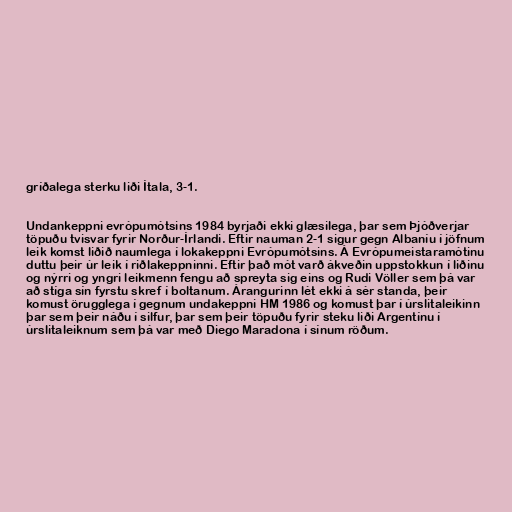
gríðalega sterku liði Ítala, 3-1.

Undankeppni evrópumótsins 1984 byrjaði ekki glæsilega, þar sem Þjóðverjar
töpuðu tvisvar fyrir Norður-Írlandi. Eftir nauman 2-1 sigur gegn Albaníu í jöfnum
leik komst liðið naumlega í lokakeppni Evrópumótsins. Á Evrópumeistaramótinu
duttu þeir úr leik í riðlakeppninni. Eftir það mót varð ákveðin uppstokkun í liðinu
og nýrri og yngri leikmenn fengu að spreyta sig eins og Rudi Völler sem þá var
að stíga sín fyrstu skref í boltanum. Árangurinn lét ekki á sér standa, þeir
komust örugglega í gegnum undakeppni HM 1986 og komust þar í úrslitaleikinn
þar sem þeir náðu í silfur, þar sem þeir töpuðu fyrir steku liði Argentínu í
úrslitaleiknum sem þá var með Diego Maradona í sínum röðum.